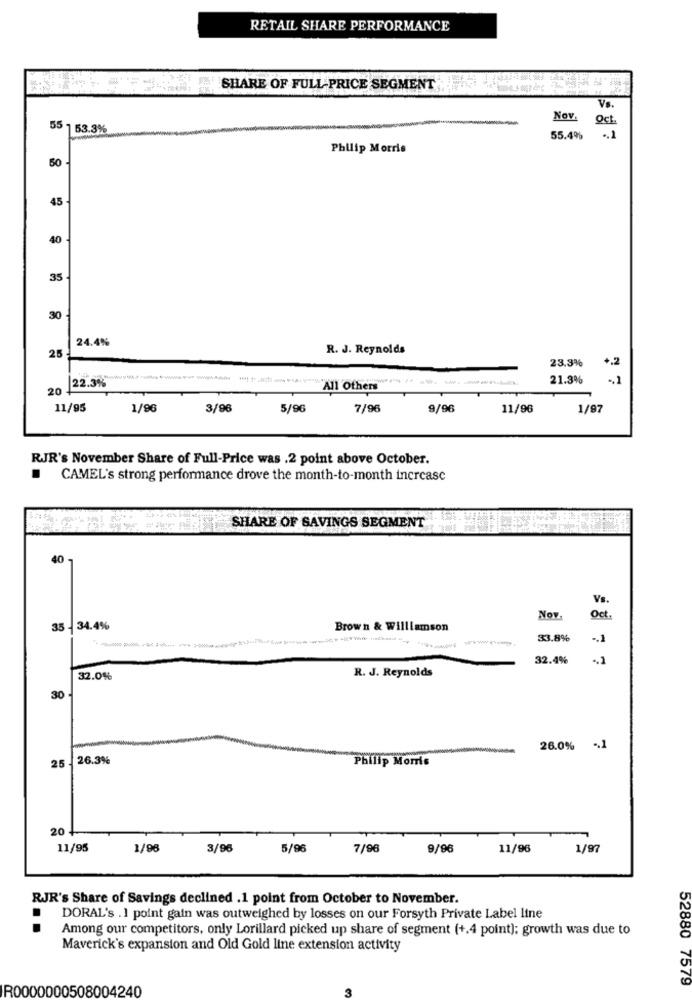
RETAIL SHARE PERFORMANCE
SHARE OF FULL PRICE SEGMENT
Vs.
Nov.
55 1 53.3%
55.4%
Philip Morris
50
45
40
35
30
24.4%
R. J. Reynolds
25
23.3%
+.2
-------
21.3%
20 1
22.3%
All Others
96/6
11/95
1/96
3/96
5/96
7/96
11/96
1/97
RJR's November Share of Full-Price was .2 point above October.
CAMEL's strong performance drove the month-to-month increase
SHARE OF SAVINGS SEGMENT
40
VB.
Nov.
Oct .
35
34.4%
Brown & Williamson
------
33.8%
-. 1
32.4%
.. ]
R. J. Reynolds
32.0%
30
26.0% -. 1
26.3%
Philip Morris
25
20
11/95
1/98
3/96
5/96
7/96
9/96
11/96
1/97
RJR's Share of Savings declined .1 point from October to November.
DORAL's . 1 point gain was outweighed by losses on our Forsyth Private Label line
Among our competitors, only Lorillard picked up share of segment (+.4 point); growth was due to
Maverick's expansion and Old Gold line extension activity
R0000000508004240
52880 7579